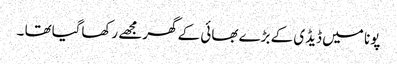
پونا میں ڈیڈی کے بڑے بھائی کے گھرمجھے رکھاگیاتھا ۔